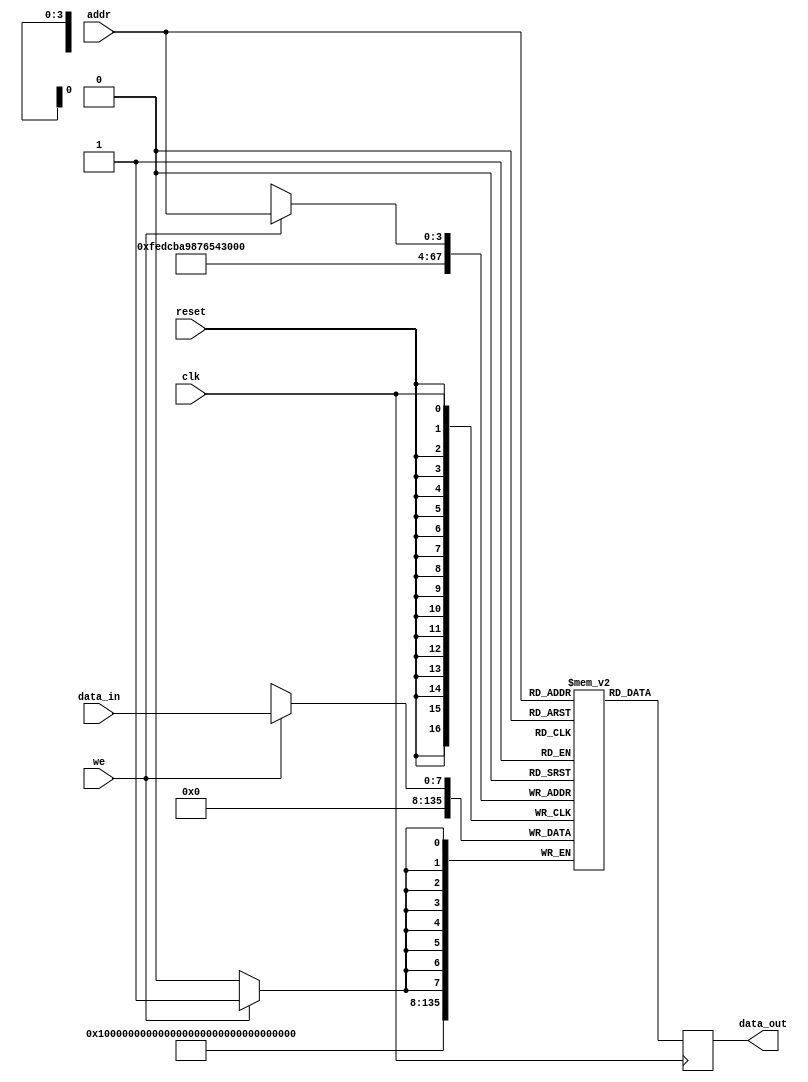
module parameterized_ram #(
    parameter DATA_WIDTH = 8,    // Width of each memory word in bits
    parameter ADDR_WIDTH = 4      // Number of addressable locations
) (
    input wire clk,               // Clock signal
    input wire we,                // Write enable signal
    input wire [ADDR_WIDTH-1:0] addr, // Address input
    input wire [DATA_WIDTH-1:0] data_in, // Input data
    input wire reset,             // Asynchronous reset signal
    output reg [DATA_WIDTH-1:0] data_out // Output data
);

    // Memory declaration
    reg [DATA_WIDTH-1:0] ram [(2**ADDR_WIDTH)-1:0]; // 2D array of registers

    // Asynchronous reset
    integer i;
    always @(posedge reset) begin
        for (i = 0; i < (2**ADDR_WIDTH); i = i + 1) begin
            ram[i] <= {DATA_WIDTH{1'b0}}; // Clear memory to 0
        end
    end

    // Synchronous read and write operations
    always @(posedge clk) begin
        if (we) begin
            ram[addr] <= data_in; // Write data to memory
        end
        data_out <= ram[addr]; // Read data from memory
    end

endmodule